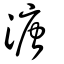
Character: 溏